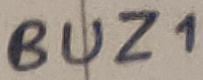
Text: BUZ1